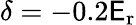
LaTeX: \delta=-0.2\mathsf{E}_{\mathrm{{{r}}}}